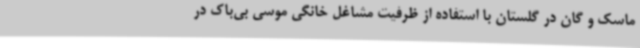
ماسک و گان در گلستان با استفاده از ظرفیت مشاغل خانگی موسی بی‌باک در